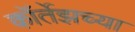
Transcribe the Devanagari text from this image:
कॉर्तेझच्या